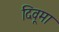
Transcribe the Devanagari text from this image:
दिवूमा